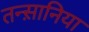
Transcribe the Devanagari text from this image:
तन्स़ानिया